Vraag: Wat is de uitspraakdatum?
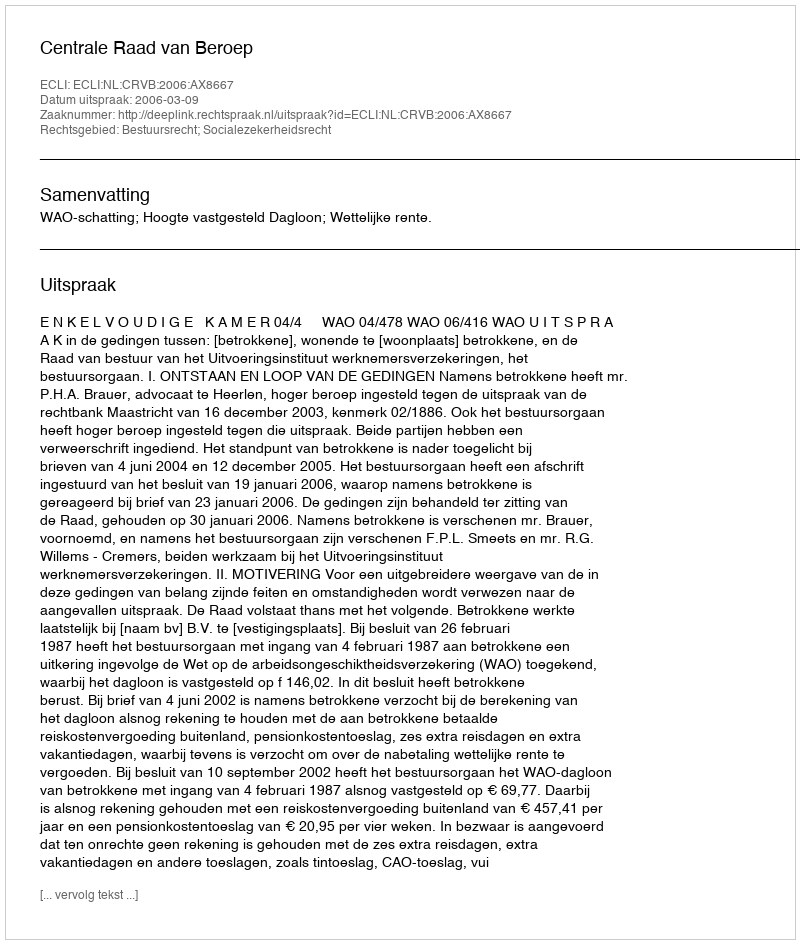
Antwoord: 2006-03-09